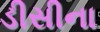
ડીસીના